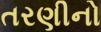
તરણીનો